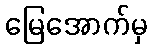
မြေအောက်မှ